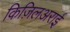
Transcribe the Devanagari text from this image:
किज़िलअराई